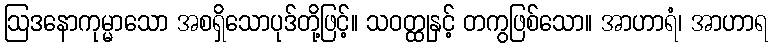
ဩဒနောကုမ္မာသော အစရှိသောပုဒ်တို့ဖြင့်။ သဝတ္ထုနှင့် တကွဖြစ်သော။ အာဟာရံ၊ အာဟာရ